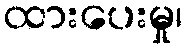
ထားပေးမှု၊